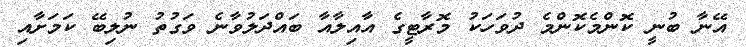
އޭނާ ބުނީ ކޮންމެކޮންމެ ދުވަހަކު މޮރާޓީގެ އާއިލާއާ ބައްދަލުވާނެ ވަގުތު ނުލިބޭ ކަމަށާއި